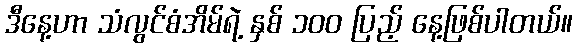
ဒီနေ့ဟာ သံလွင်စံအိမ်ရဲ့ နှစ် ၁၀၀ ပြည့် နေ့ဖြစ်ပါတယ်။